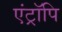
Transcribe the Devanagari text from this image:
एंट्रॉपि